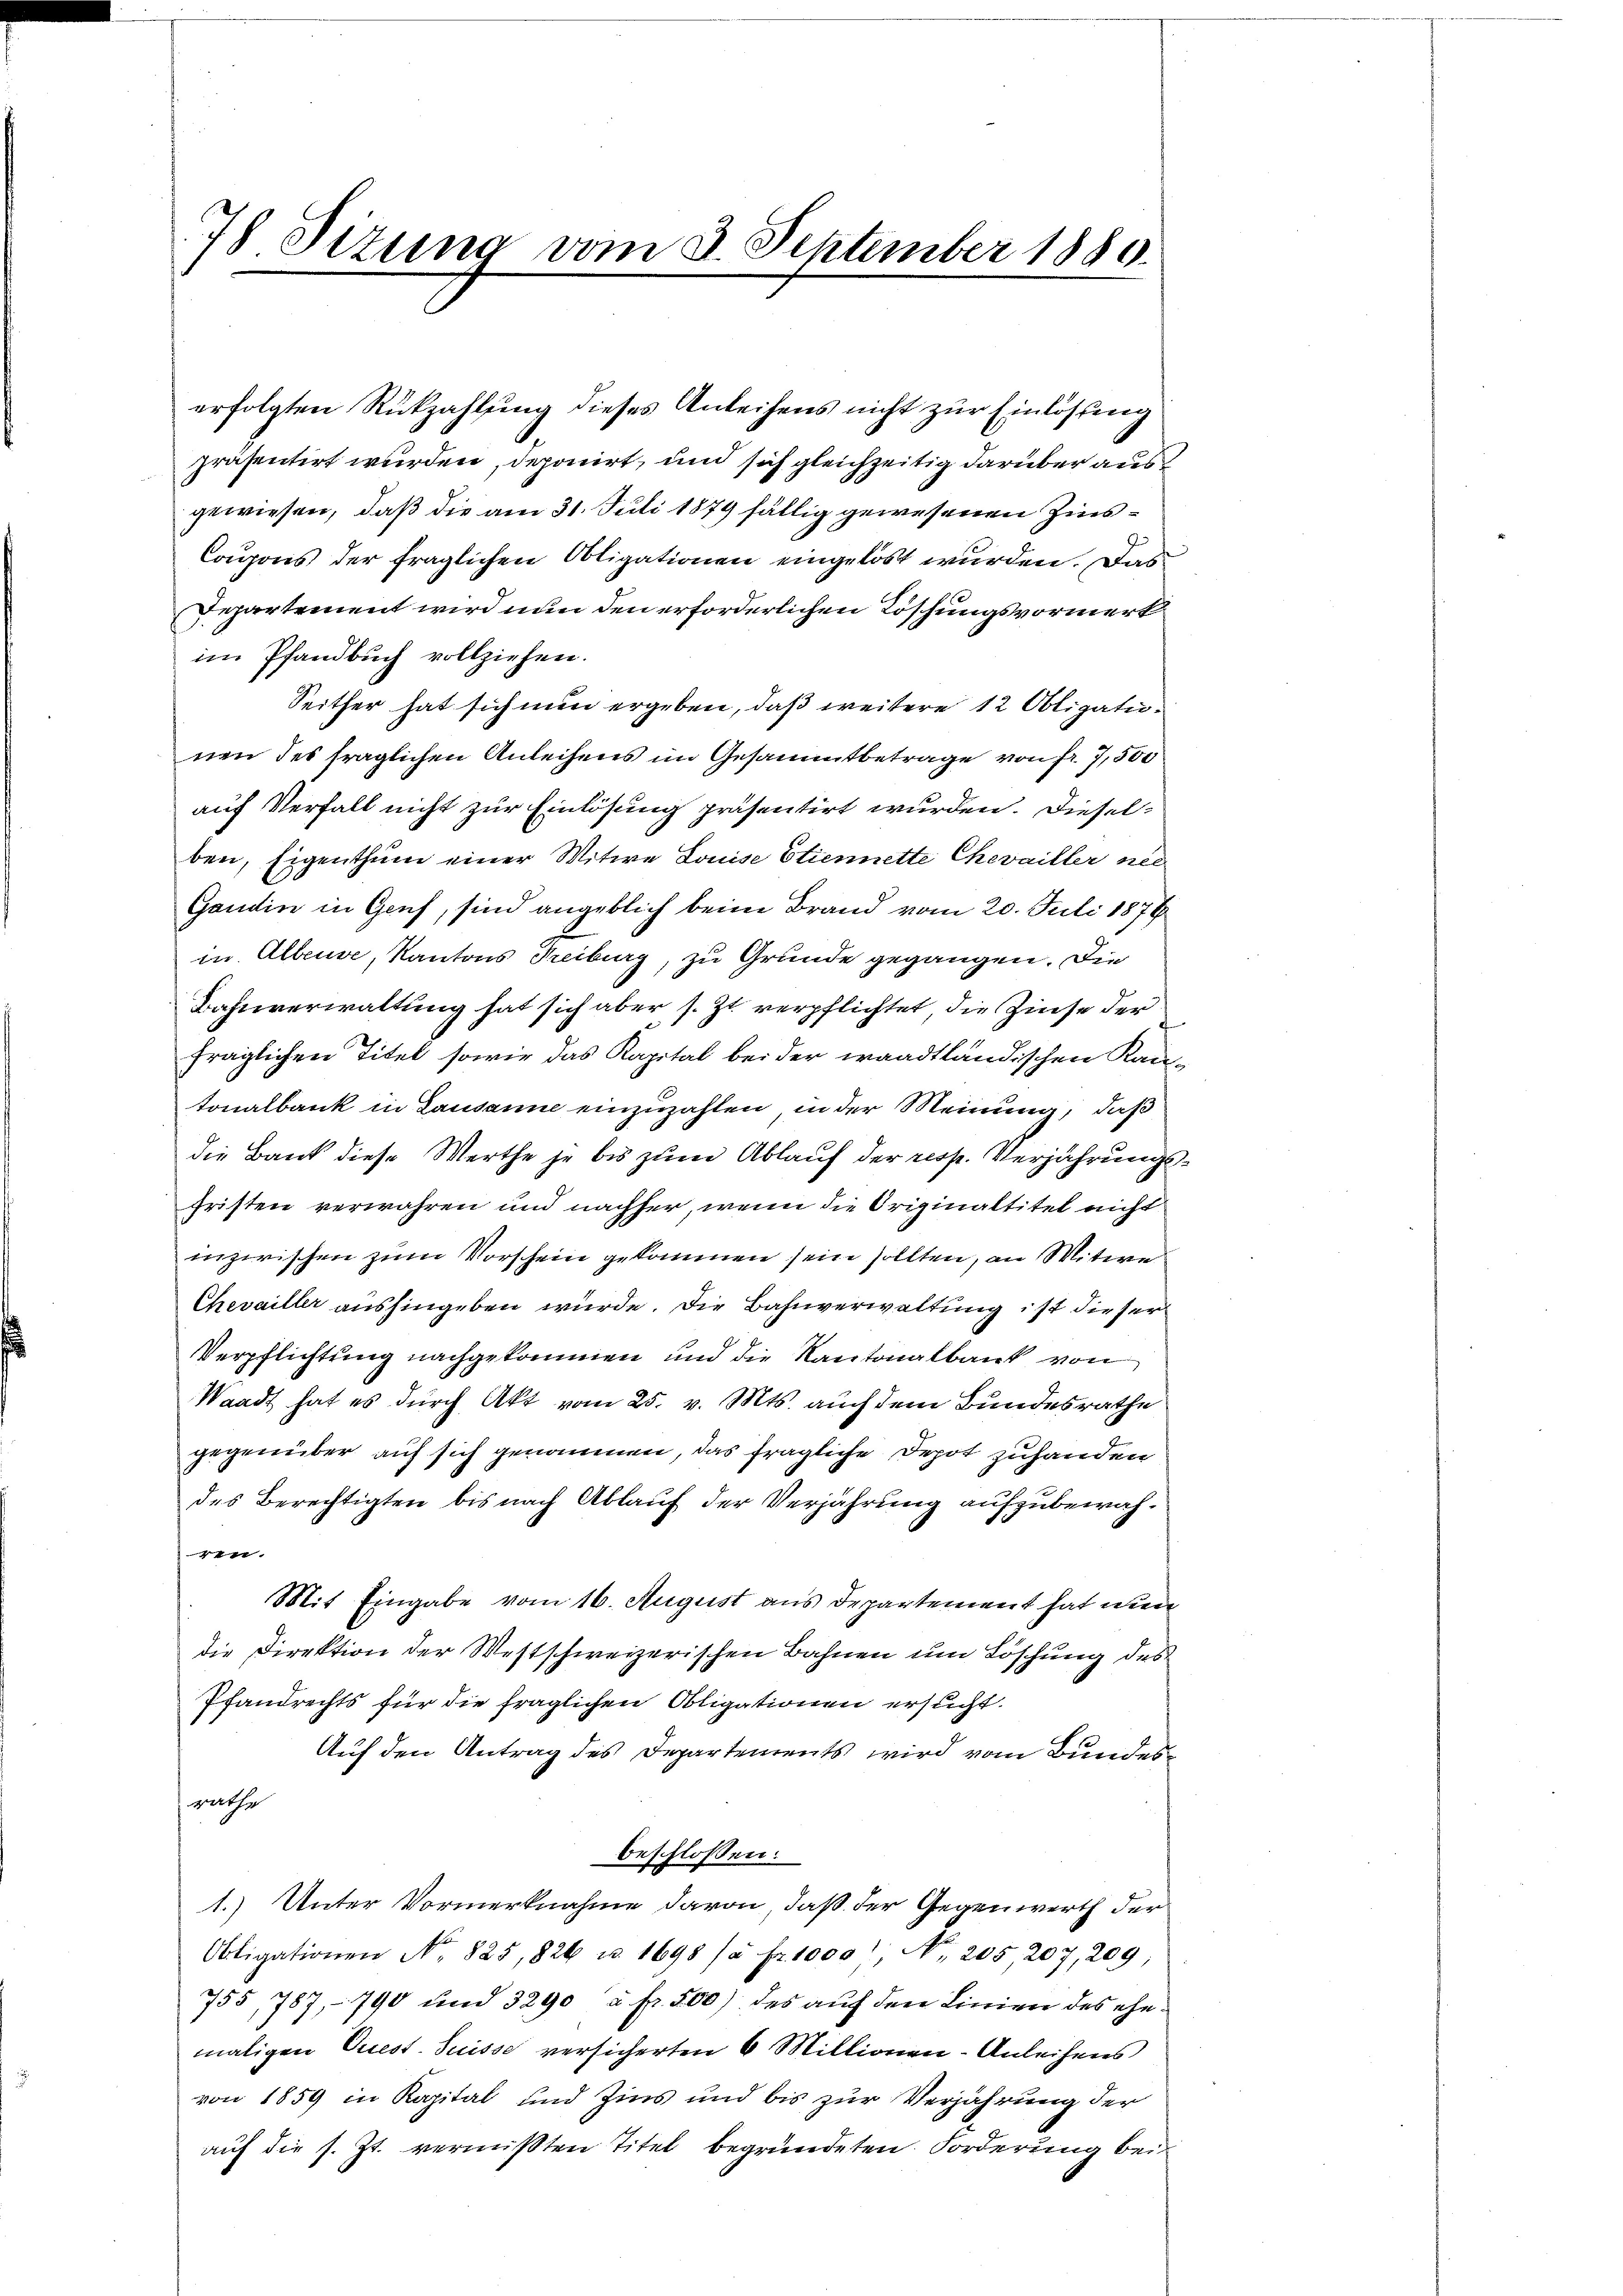
78 Sizung vom 8. September 1880.
2

erfolgten Rückzahlung dieses Anleihens nicht zur Einlösung
präsentirt wurden, deponirt, und sich gleichzeitig darüber aus
gewiesen, daß die am 31. Juli 1879 fällig gewesenen Zins¬
Coons der fraglichen Obligationen eingelöst wurden. Das
Departement wird nun den erforderlichen Töschungsvormerkim Pfandbuch vollziehen.
Seither hat sich nun ergeben, daß weitere 12 Obligatunen des fraglichen Anleihens im Gesammtbetrage von fr. 7,500
auf Verfall nicht zur Einlösung präsentirt wurden. Dieselben, Eigenthum einer Witwe Louise Etiennette Chevailler nec
Gandin in Genf, sind angeblich beim Brand vom 20. Juli 1876
in. Alteuse, Kantons Freiburg, zu Grunde gegangen. Die
Bahnverwaltung hat sich aber s. Zt. verpflichtet, die Zinse der
fraglichen Titel, sowie das Kapital bei der waadtländischen Rautonalbank in Lausanne einzuzahlen, in der Meinung, daß
die Bank diese Werthe je bis zum Ablauf der resp. Verjährungsfristen verwahren und nachher, wenn die Originaltitel nicht
inzwischen zum Vorschein gekommen sein sollten, an Witwe
Chevailler aushingeben würde. Die Bahnverwaltung ist dieser
Verpflichtung nachgekommen und die Kantonalbank von
Waadt hat es durch Akt vom 25. v. Mts. auch dem Bundesrathe
gegenüber auf sich genommen, das fragliche Depot zuhanden
des Berechtigten bis nach Ablauf der Verjährung aufzubewahren.
Mit Eingabe vom 16. August aus Departement hat nun
die Direktion der Westschweizerischen Bahnen um Löschung des
Pfandrechts für die fraglichen Obligationen ersucht.
Auf den Antrag des Departements wird vom Bundesrathe
beschlossen:
1.) Unter Vormerknahme davon, daß der Gegenwerth der
Obligationen No. 825,826 u. 1698 (à Fr. 1000), No. 205 207, 209;
755, 787, 790 und 3290 à Fr. 500) des auf den Linien des ehemaligen Quest. Suisse versicherten 6 Millionen- Anleihens
von 1859 in Kapital und Zins und bis zur Verjährung der
auf die s. Zt. vermißten Titel begründeten Forderung bei

2